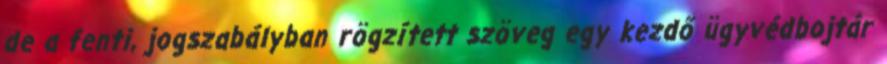
de a fenti, jogszabályban rögzített szöveg egy kezdő ügyvédbojtár